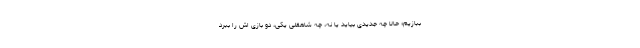
ببازیم؛ حالا چه جدیدی بیاید یا نه، چه شاهقلی یکی، دو بازی اش را ببرد